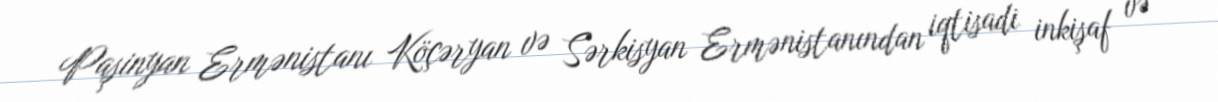
Paşinyan Ermənistanı Köçəryan və Sərkisyan Ermənistanından iqtisadi inkişaf və